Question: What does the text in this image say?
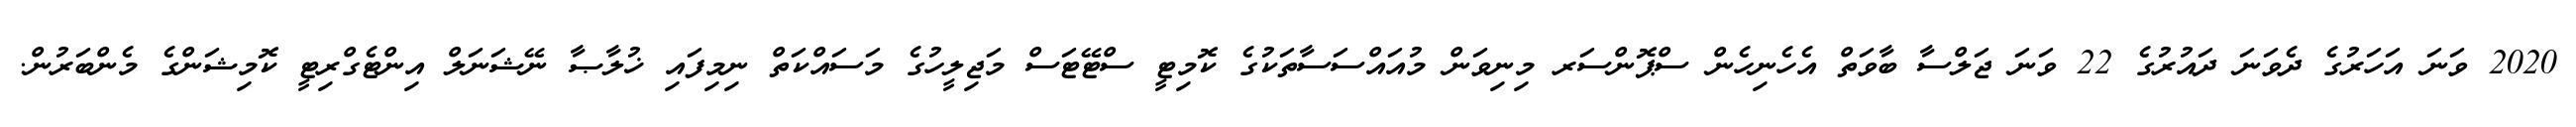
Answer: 2020 ވަނަ އަހަރުގެ ދެވަނަ ދައުރުގެ 22 ވަނަ ޖަލްސާ ބާވަތް އެހެނިހެން ސްޕޮންސަރ މިނިވަން މުއައްސަސާތަކުގެ ކޮމިޓީ ސްޓޭޓަސް މަޖިލީހުގެ މަސައްކަތް ނިމިފައި ޚުލާޞާ ނޭޝަނަލް އިންޓެގްރިޓީ ކޮމިޝަންގެ މެންބަރުން.